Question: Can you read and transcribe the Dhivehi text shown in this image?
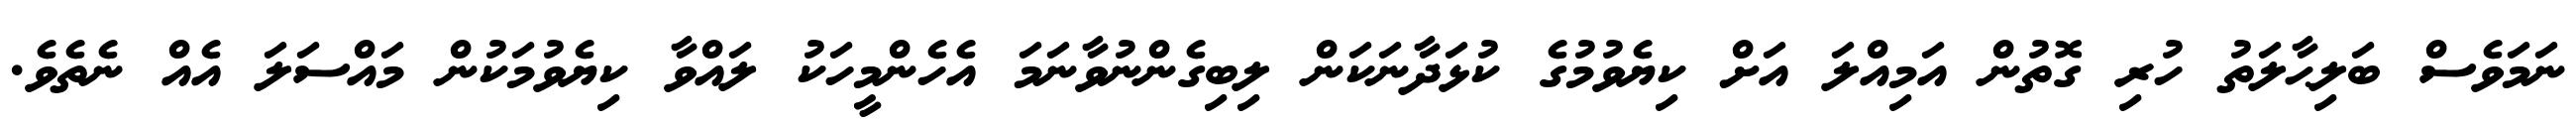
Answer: ނަމަވެސް ބަލިޙާލަތު ހުރި ގޮތުން އަމިއްލަ އަށް ކިޔެވުމުގެ ކުޅަދާނަކަން ލިބިގެންނުވާނަމަ އެހެންމީހަކު ލައްވާ ކިޔެވުމަކުން މައްސަލަ އެއް ނެތެވެ.